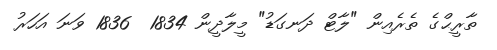
ތާރީޙްގެ ތެރެއިން "ލާޓް ދަނގަޑު" މީލާދީން 1834  1836 ވަނަ އަހަރު